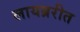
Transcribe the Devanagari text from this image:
लायब्ररीत